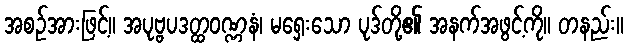
အစဉ်အားဖြင့်။ အပုဗ္ဗပဒတ္ထဝဏ္ဏနံ၊ မရှေးသော ပုဒ်တို့၏ အနက်အဖွင့်ကို။ တနည်း။